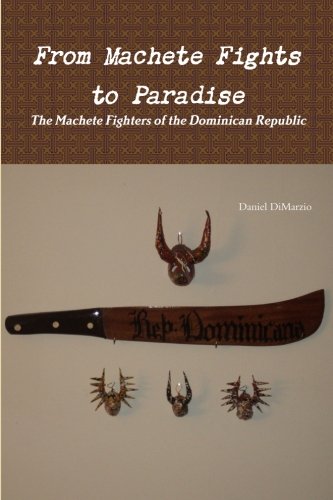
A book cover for From Machete Fights to Paradise, The Machete Fighters of the Dominican Republic; Daniel Dimarzio; Travel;